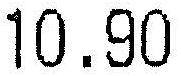
10.90